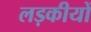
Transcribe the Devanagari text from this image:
लड़कीयों